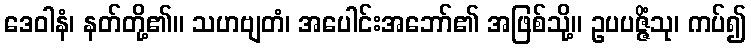
ဒေဝါနံ၊ နတ်တို့၏။ သဟဗျတံ၊ အပေါင်းအဘော်၏ အဖြစ်သို့။ ဥပပဇ္ဇိံသု၊ ကပ်၍